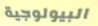
البيولوجية